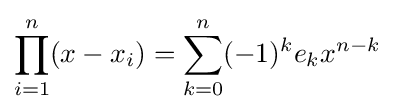
\prod _{i=1}^{n}(x-x_{i})=\sum _{k=0}^{n}(-1)^{k}e_{k}x^{n-k}